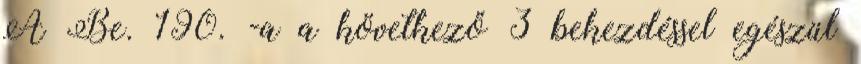
A Be. 190. -a a következő 3 bekezdéssel egészül